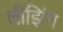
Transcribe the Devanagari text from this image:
लीझिंग